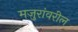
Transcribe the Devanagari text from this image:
मजुरांवरील